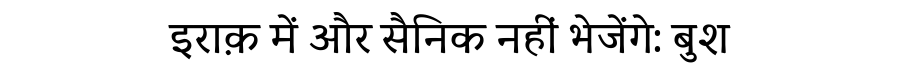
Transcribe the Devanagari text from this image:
इराक़ में और सैनिक नहीं भेजेंगे: बुश